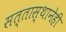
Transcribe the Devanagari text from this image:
सत्तास्थानेही